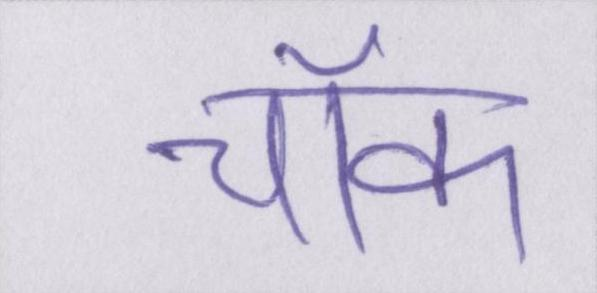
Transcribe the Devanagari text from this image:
चॉक